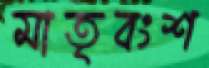
মাতৃবংশ